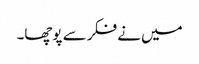
میں نے فکر سے پوچھا۔